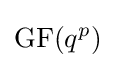
\mathrm {GF} (q^{p})